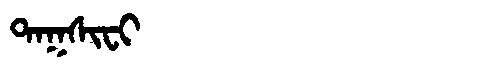
Manchu: ᡨᠠᡴᠰᡳᠸᡳ
Romanization: TAKSIFI